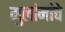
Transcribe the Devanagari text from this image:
गुलांमांचे